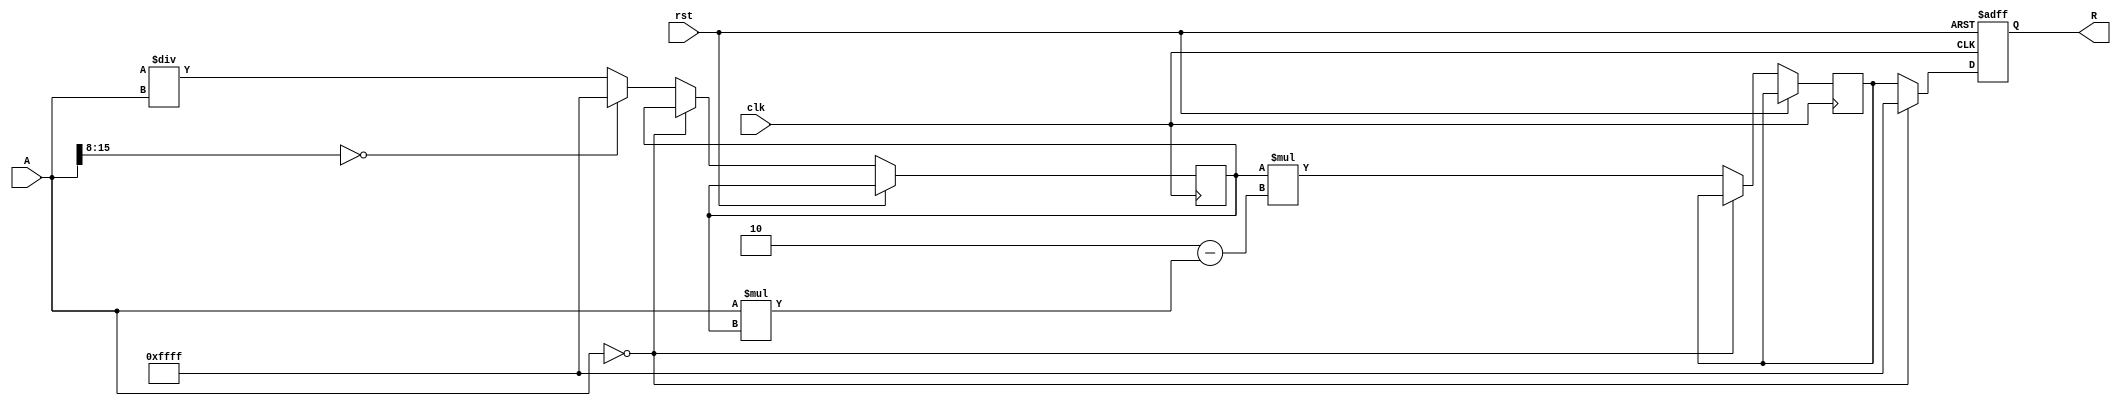
module ApproximateReciprocal (
    input  wire [15:0] A,     // Input data (16-bit fixed-point)
    output reg  [15:0] R,     // Output data (16-bit fixed-point)
    input  wire clk,          // Clock for synchronous operation
    input  wire rst           // Reset signal
);

    // Internal signals
    reg [15:0] approx;        // Intermediate approximation value
    reg [15:0] A_inv;         // Inverse of input A for Newton-Raphson
    
    // Constants for Newton-Raphson approximation
    parameter [15:0] ONE = 16'h0001; // Fixed-point representation of 1
    parameter [15:0] MAX_VALUE = 16'hFFFF; // Maximum value for 16-bit fixed-point

    always @(posedge clk or posedge rst) begin
        if (rst) begin
            R <= 16'h0000; // Reset output
        end else begin
            // Handle division by zero
            if (A == 16'h0000) begin
                R <= 16'hFFFF; // Return maximum value or predefined error value
            end else begin
                // Initial guess for Newton-Raphson
                approx <= (A[15:8] == 8'h00) ? MAX_VALUE : (ONE << 16) / A; // Initial guess
                // Newton-Raphson iteration
                A_inv <= approx * (2 * ONE - A * approx);
                // Assign the result to output
                R <= A_inv[15:0]; // Take the lower 16 bits as the result
            end
        end
    end

endmodule